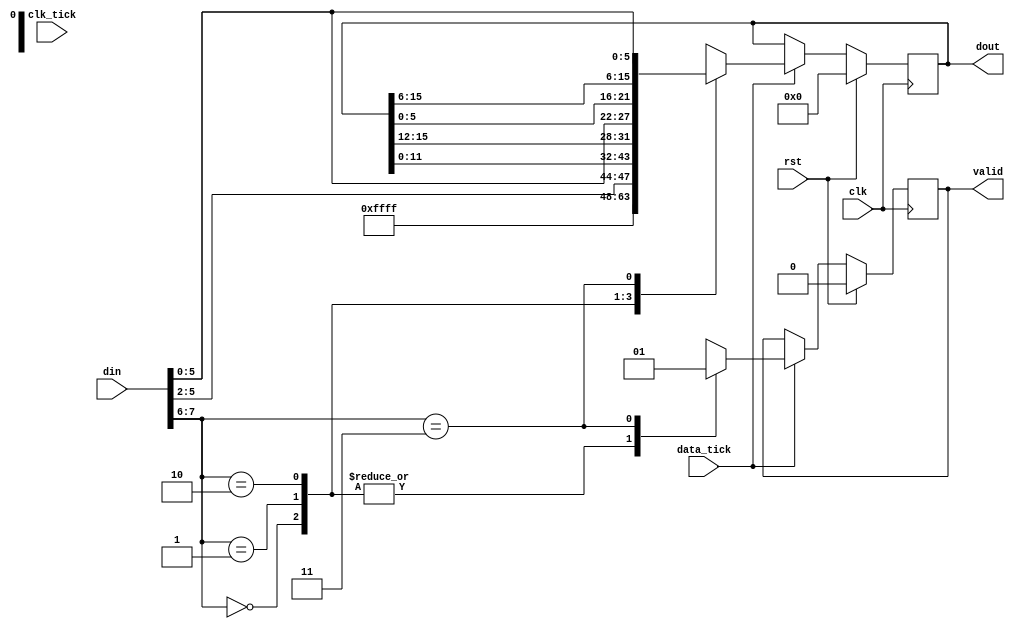
/*--------------------------------------*/
/*      AUTHOR - Stanisaw Klat         */
/*--------------------------------------*/

`timescale 1ns / 1ps

module conv8to16bit (
    input wire clk,
    input wire rst,
    input wire clk_tick,
    input wire data_tick,
    input wire [7:0] din,
    output reg [15:0] dout,
    output reg valid
  );

  reg [1:0] word_nr, word_nr_nxt;

  reg [15:0] dout_nxt;
  reg valid_nxt;

  always @(posedge clk)
  begin
    if(rst)
      valid <= 0;
    else
      valid <= valid_nxt;
  end

  always @(posedge clk)
  begin
    if(rst)
      dout <= 0;
    else
      dout <= dout_nxt;
  end

  always @*
  begin
    dout_nxt = dout;
    valid_nxt = valid;
    if(data_tick)
      case(din[7:6])
        2'b00: begin
          dout_nxt = 16'hFFFF;
          valid_nxt = 1'b0;
        end
        2'b01: begin
          dout_nxt = {din[5:2], dout[11:0]};
          valid_nxt = 1'b0;
        end
        2'b10: begin
          dout_nxt = {dout[15:12], din[5:0], dout[5:0]};
          valid_nxt = 1'b0;
        end
        2'b11: begin 
          dout_nxt = {dout[15:6], din[5:0]};
          valid_nxt = 1'b1;
        end
      endcase
  end

endmodule